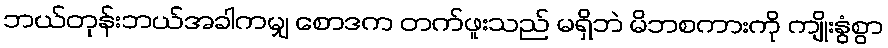
ဘယ်တုန်းဘယ်အခါကမျှ စောဒက တက်ဖူးသည် မရှိဘဲ မိဘစကားကို ကျိုးနွံစွာ